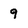
Character: 9